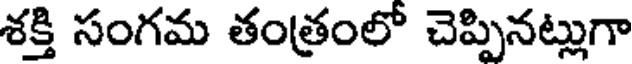
శక్తి సంగమ తంత్రంలో చెప్పినట్లుగా